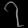
Digit: ၇